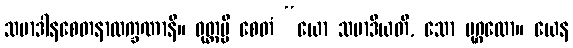
သမာဒါနစေတနာလက္ခဏာနိ။ ဝုတ္တမ္ပိ စေတံ “ယော သမာဒိယတိ, သော ပုဂ္ဂလော။ ယေန